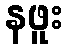
နဖူး